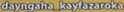
dayngaha_kayfazaroka